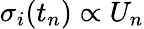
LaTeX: \sigma_{i}(t_{n})\propto U_{n}